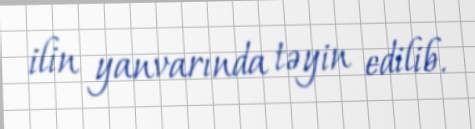
ilin yanvarında təyin edilib.